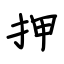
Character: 押